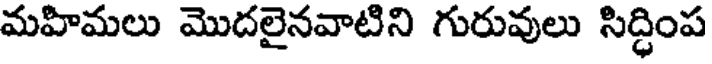
మహిమలు మొదలైనవాటిని గురువులు సిద్ధింప